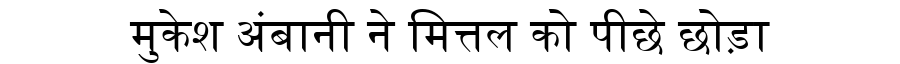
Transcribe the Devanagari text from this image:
मुकेश अंबानी ने मित्तल को पीछे छोड़ा